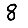
Digit: 8